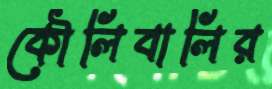
কৌলিবালির